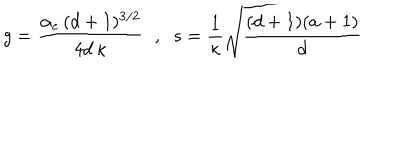
g = { \frac { \alpha _ { e } \, ( d + 1 ) ^ { 3 / 2 } } { 4 d \, \kappa } } \; \; , \; \; s = { \frac { 1 } { \kappa } } { \sqrt { \frac { ( d + 1 ) ( a + 1 ) } { d } } }